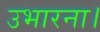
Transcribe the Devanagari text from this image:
उभारना।